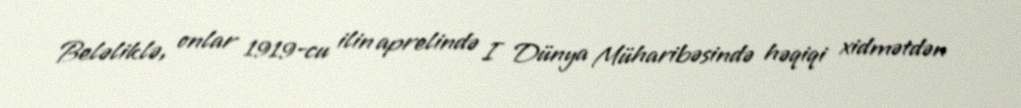
Beləliklə, onlar 1919-cu ilin aprelində I Dünya Müharibəsində həqiqi xidmətdən